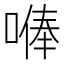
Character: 𠺭